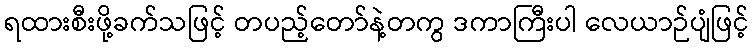
ရထားစီးဖို့ခက်သဖြင့် တပည့်တော်နဲ့တကွ ဒကာကြီးပါ လေယာဉ်ပျံဖြင့်